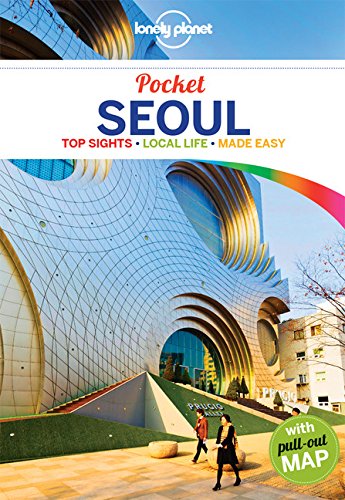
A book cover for Lonely Planet Pocket Seoul (Travel Guide); Lonely Planet; Travel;